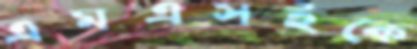
এমএসইকে